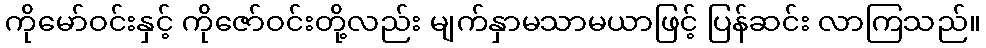
ကိုမော်ဝင်းနှင့် ကိုဇော်ဝင်းတို့လည်း မျက်နှာမသာမယာဖြင့် ပြန်ဆင်း လာကြသည်။